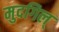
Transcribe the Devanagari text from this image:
मुदगिल्